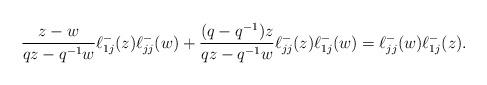
LaTeX: \begin{align*} \frac{z-w}{qz-q^{-1}w} \ell^-_{1j}(z)\ell^-_{jj}(w)+\frac{(q-q^{-1})z}{qz-q^{-1}w}\ell^-_{jj}(z)\ell^-_{1j}(w)= \ell^-_{jj}(w)\ell^-_{1j}(z).\end{align*}